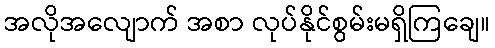
အလိုအလျောက် အစာ လုပ်နိုင်စွမ်းမရှိကြချေ။